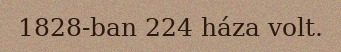
1828-ban 224 háza volt.